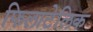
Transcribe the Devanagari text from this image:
फिलाटेलिक